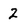
Character: 2